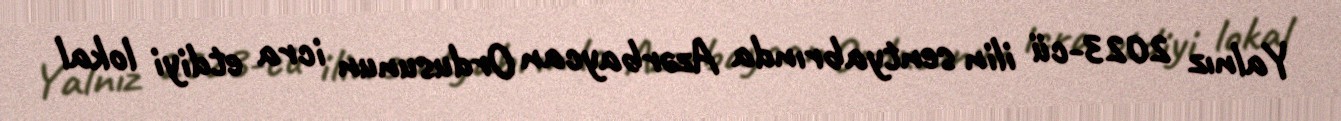
Yalnız 2023-cü ilin sentyabrında Azərbaycan Ordusunun icra etdiyi lokal